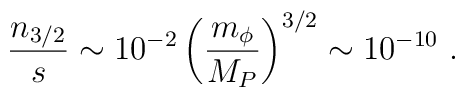
{n_{3/2}\over s} \sim 10^{-2} \left({m_\phi\over M_P}\right)^{3/2} \sim10^{-10} \ .